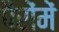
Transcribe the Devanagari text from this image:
पैरोंमें